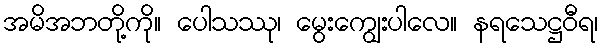
အမိအဘတို့ကို။ ပေါသဿု၊ မွေးကျွေးပါလေ။ နရသေဋ္ဌဝီရ၊